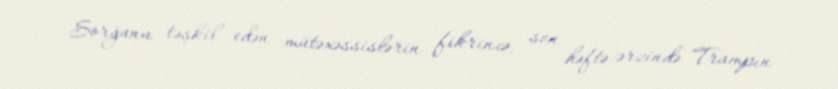
Sorğunu təşkil edən mütəxəssislərin fikrincə, son həftə ərzində Trampın